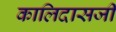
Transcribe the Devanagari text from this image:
कालिदासजी